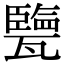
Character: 㽉